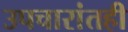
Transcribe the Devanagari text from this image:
उपचारांतही